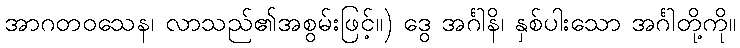
အာဂတဝသေန၊ လာသည်၏အစွမ်းဖြင့်။) ဒွေ အင်္ဂါနိ၊ နှစ်ပါးသော အင်္ဂါတို့ကို။